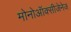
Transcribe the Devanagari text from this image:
मोनोऑक्सीजेनेज